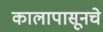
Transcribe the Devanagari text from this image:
कालापासूनचे